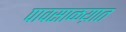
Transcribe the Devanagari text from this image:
पावसाळय़ात